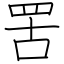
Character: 罟